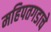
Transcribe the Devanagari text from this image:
महिपतगडाचे